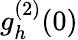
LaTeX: g_{h}^{(2)}(0)